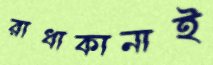
রাধাকানাই